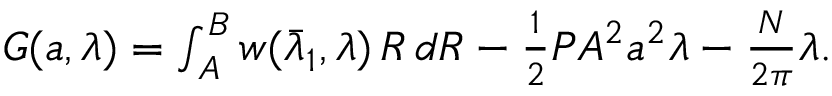
\begin{array} { r } { G ( { a } , \lambda ) = \int _ { A } ^ { B } w ( \bar { \lambda } _ { 1 } , \lambda ) \, R \, d R - \frac { 1 } { 2 } P A ^ { 2 } { a } ^ { 2 } \lambda - \frac { N } { 2 \pi } \lambda . } \end{array}